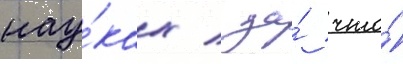
нау́ках / за́ что́